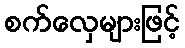
စက်လှေများဖြင့်